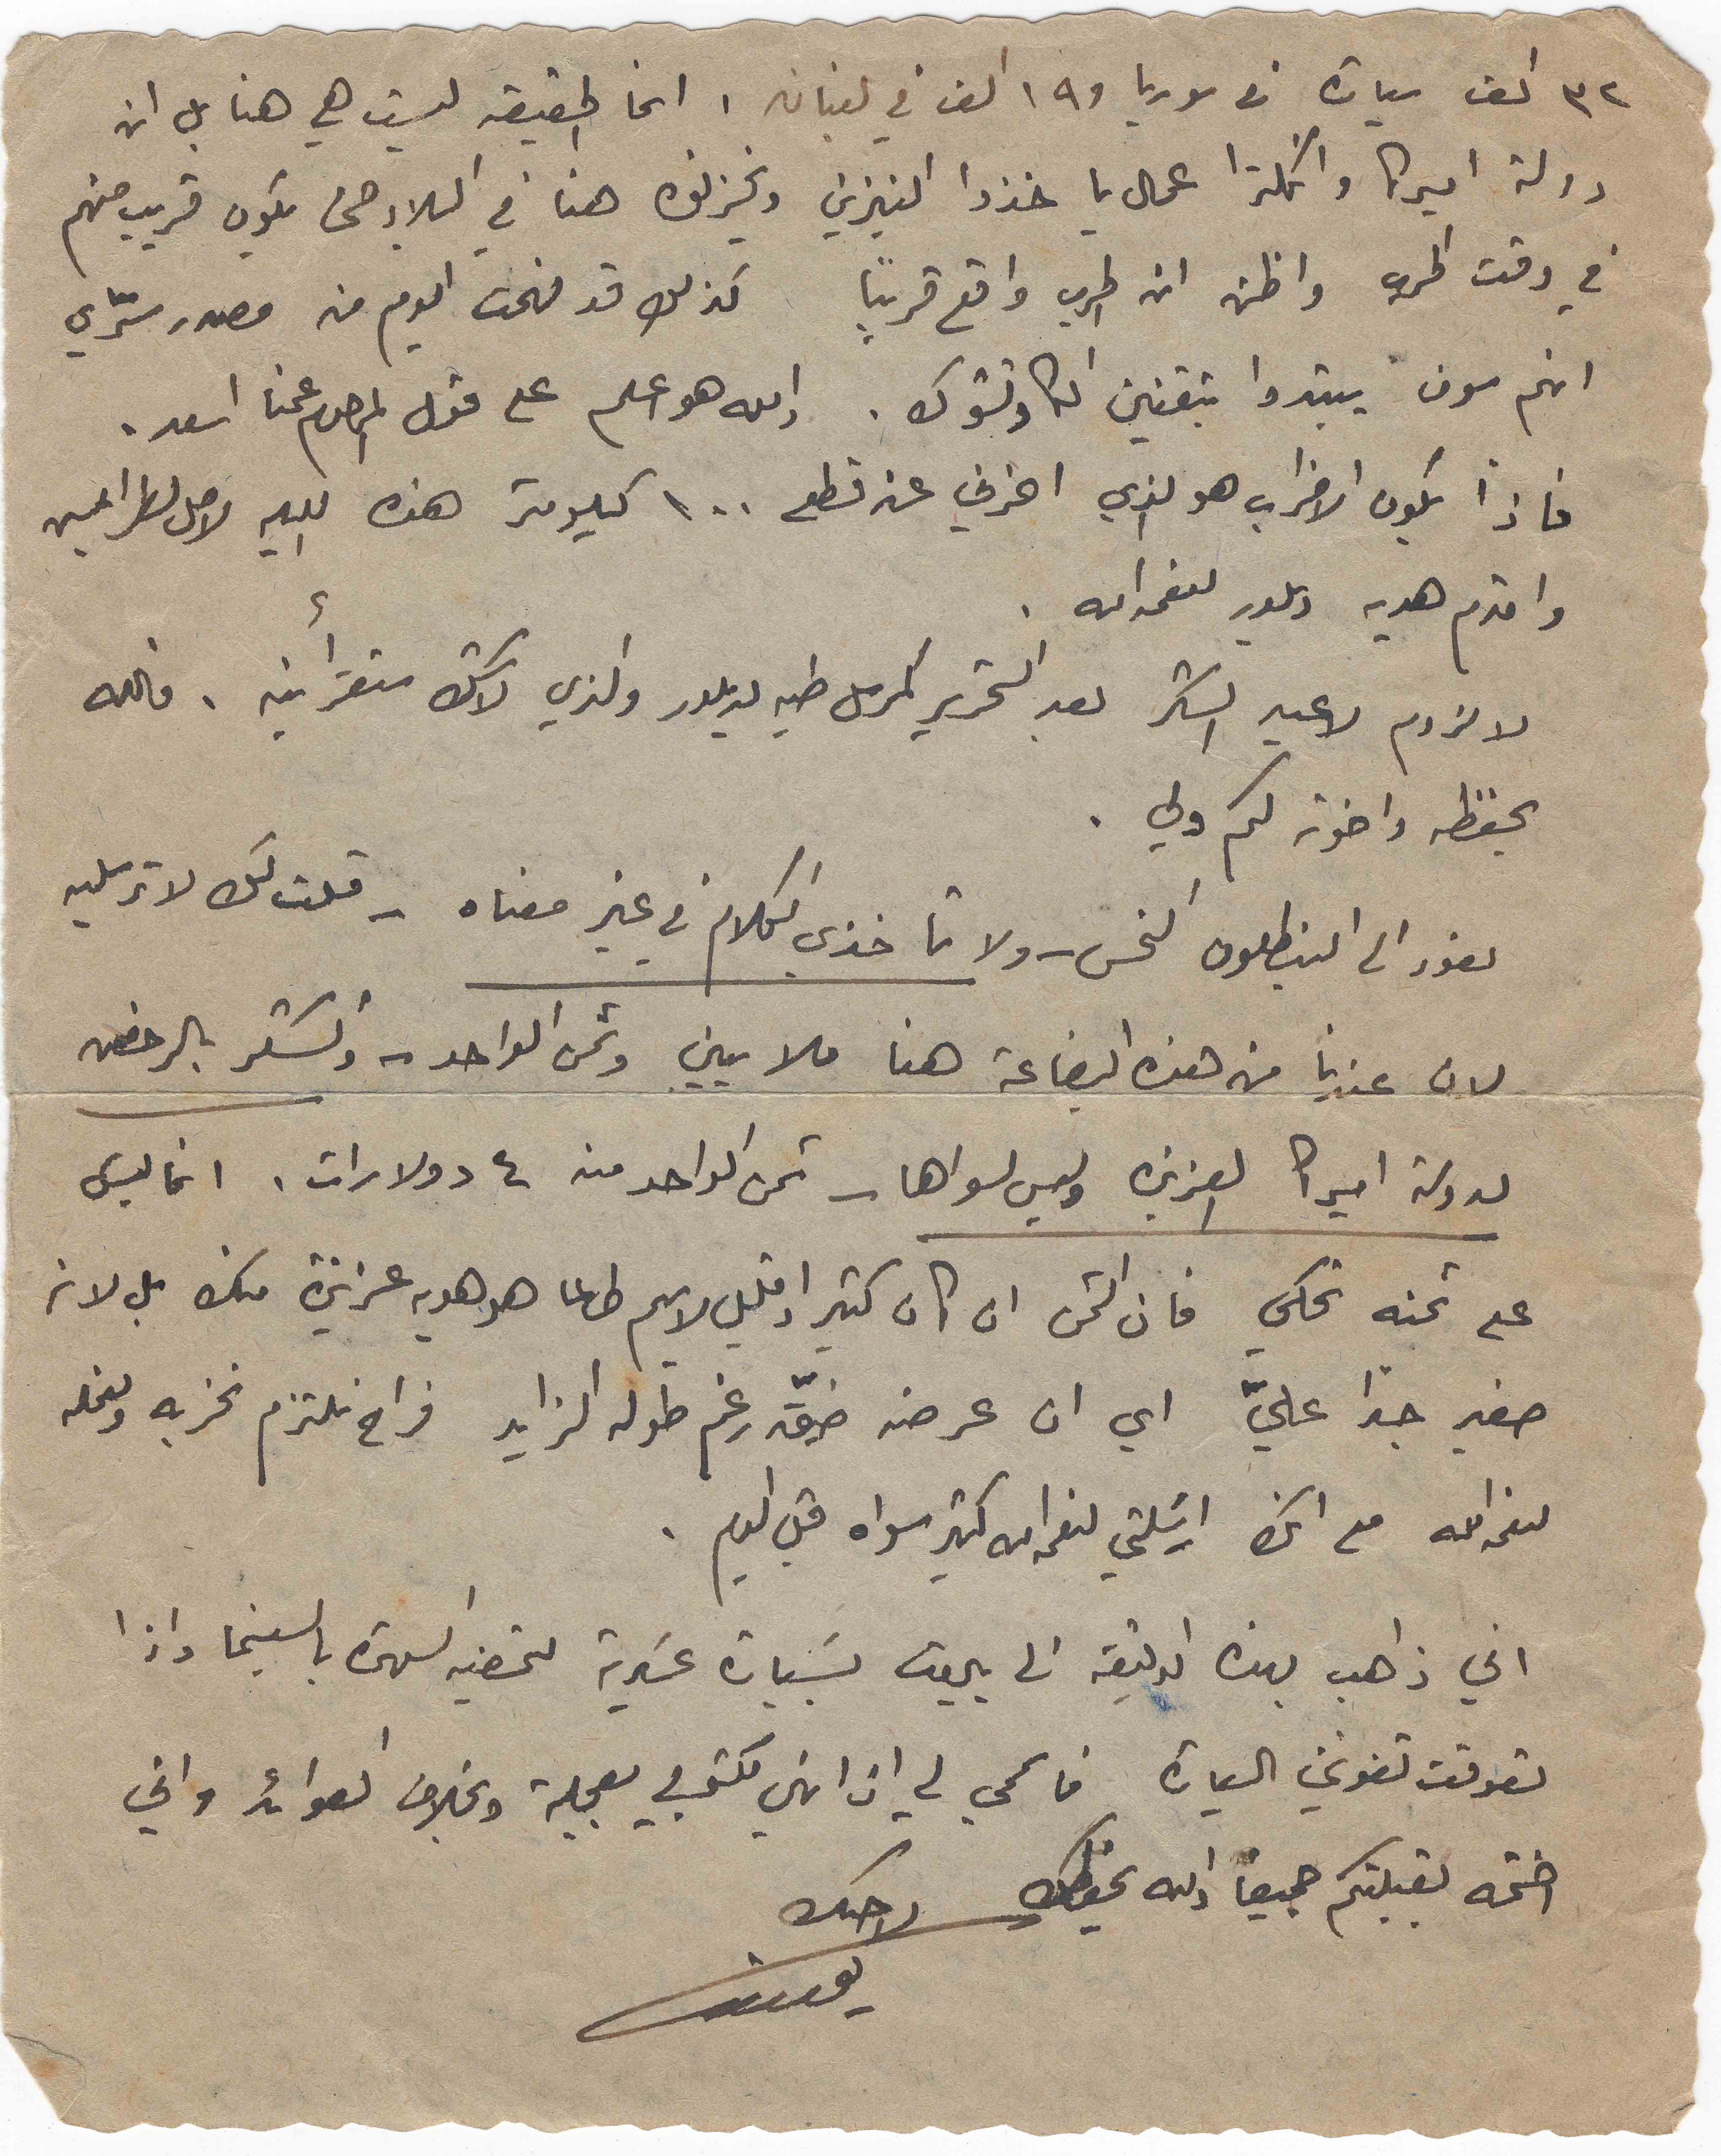
٣٢ الف سيارة من سوريا و١٩ الف في لبنان. انما الحقيقة ليست هي هنا بل ان
دولة اميركا وانكلترا عمال ياخذوا البنزين ويخزنوه هنا في البلاد حتى يكون قريب منهم
في وقت الحرب واظن ان الحرب واقع قريباً كذلك قد فهمت اليوم من مصدر سرّي
انهم سوف يبتدوا بتقنين الكاوتشوك. والله هو اعلم على قول المرحوم عمنا اسعد.
فاذا يكون الاضراب هو الذي اخرني عن قطع ١٠٠ كيلومتر هذه الليله لاصل لطرابلس
واقدم هديه ديلور لنعمه الله.
لا لزوم لاعيد الشكر بعد التحرير كمرسل طيه لديلور والذي لا شك ستقرأينه. فالله
يحفظه واخوته لكم ولي.
نعود الى البنطلون النحس – ولا تاخذي الكلام في غير معناه  – قلت لك لا ترسليه
لان عندنا من هذه البضاعة هنا ملايين وثمن الواحد – والشكر بالرخص
لدولة اميركا العزيزه وليس لسواها – ثمن الواحد منه ٤ دولارات. انما ليسَ
على ثمنه نحكي فان الثمن ان كان كثير او قليل لا يهم طالما هو هديه عزيزة منك بل لانه
صغير جداً عليّ اي ان عرضه ضيّق رغم طوله الزايد فراح نلتزم نخربه ونعمله
لنعمة الله مع انك ارسلتي لنعمةالله كثير سواه قبل اليوم.
اني ذاهب بهذه بهذه الدقيقة الى بيروت بسيارة عسكرية لتحضير السهرة بالسينما واذا
تعوقت تفوتني السيارة فاسمحي لي ان انهي مكتوبي بعجلة وبخلاف العوائد واني
اختمه بقبلتكم جميعاً والله يحفظكِ    اخيك